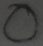
Text: O